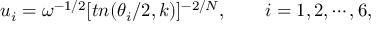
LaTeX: u _ { i } = \omega ^ { - 1 / 2 } [ t n ( \theta _ { i } / 2 , k ) ] ^ { - 2 / N } , ~ ~ ~ ~ ~ ~ i = 1 , 2 , \cdots , 6 ,